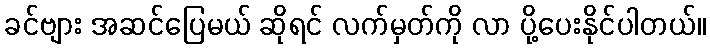
ခင်ဗျား အဆင်ပြေမယ် ဆိုရင် လက်မှတ်ကို လာ ပို့ပေးနိုင်ပါတယ်။